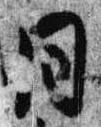
同